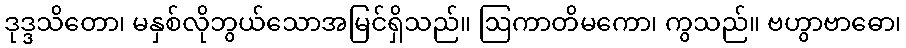
ဒုဒ္ဒသိတော၊ မနှစ်လိုဘွယ်သောအမြင်ရှိသည်။ ဩကာတိမကော၊ ကွသည်။ ဗဟွာဗာဓော၊